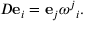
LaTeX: D \mathbf { e } _ { i } = \mathbf { e } _ { j } { \omega ^ { j } } _ { i } .